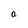
Character: a